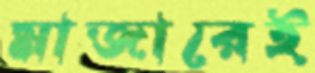
মাজারেই